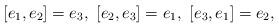
LaTeX: \begin{align*}[e_1,e_2]=e_3,\ [e_2,e_3]=e_1,\ [e_3,e_1]=e_2,\end{align*}